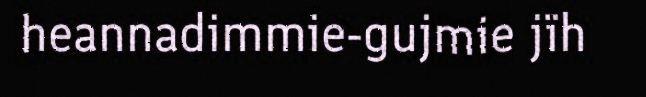
heannadimmie-gujmie jïh